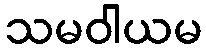
သမဝါယမ